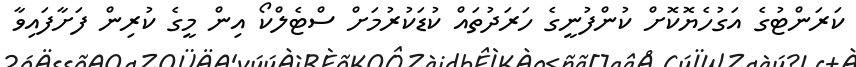
ކަރަންޓުގެ އަގުހެޔޮކޮށް ކުންފުނީގެ ހަރަދުތައް ކުޑަކުރުމަށް ސްޓެލްކޯ އިން މީގެ ކުރިން ފަށާފައިވާ